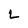
Character: L